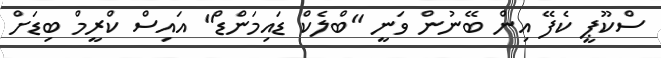
ސްކޫޕީ ކެފޭ އިން ބޭނުން ވަނީ "ބްލެކް ޑައިމަންޑް" އައިސް ކްރީމް ބިޑަށް